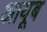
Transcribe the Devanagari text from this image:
आयूब